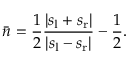
\bar { n } = \frac { 1 } { 2 } \frac { | s _ { \mathrm { l } } + s _ { \mathrm { r } } | } { | s _ { \mathrm { l } } - s _ { \mathrm { r } } | } - \frac { 1 } { 2 } .